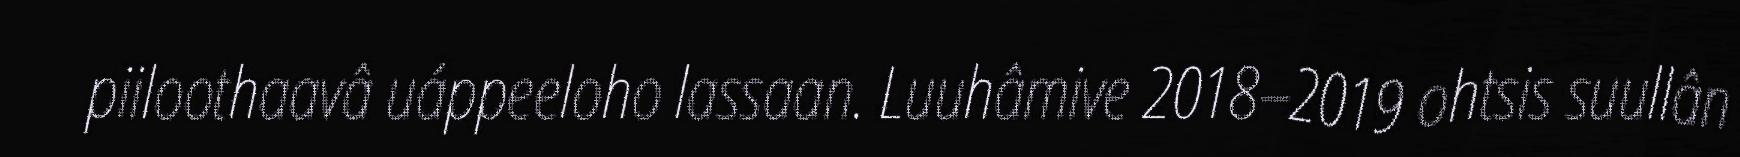
piiloothaavâ uáppeeloho lassaan. Luuhâmive 2018–2019 ohtsis suullân